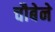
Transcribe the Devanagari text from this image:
चौबेने